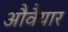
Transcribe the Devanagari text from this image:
औवैयार